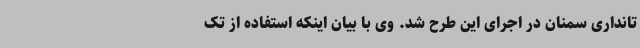
تانداری سمنان در اجرای این طرح شد. وی با بیان اینکه استفاده از تک